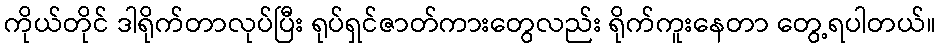
ကိုယ်တိုင် ဒါရိုက်တာလုပ်ပြီး ရုပ်ရှင်ဇာတ်ကားတွေလည်း ရိုက်ကူးနေတာ တွေ့ရပါတယ်။